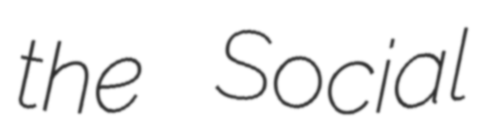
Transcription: the Social